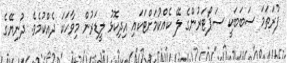
ފުރަތަމަ ސަބަބަކީ ސަޕޯޓަރުންގެ ލޭ ކެއްކުމަށްޓަކައި އިދިކޮޅު ލީޑަރުން މިވާހަކަ ދެއްކުމެވެ. ދުނިޔޭގެ